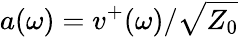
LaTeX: a(\omega)=v^{+}(\omega)/\sqrt{Z_{0}}